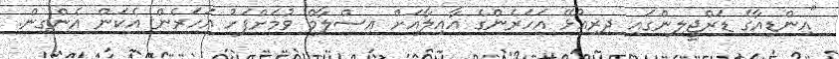
"އިންޑިއާގެ ޑަރްޖީލިންގައި ދިރިއުޅޭ އަހަރެންގެ އާއިލާއަށް އިސްލާމް ވުމަށްފަހު އަހަރެން އެކަން އެންގިން.